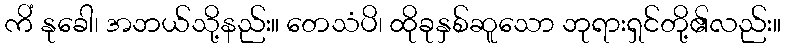
ကိံ နုခေါ၊ အဘယ်သို့နည်း။ တေသံပိ၊ ထိုခုနှစ်ဆူသော ဘုရားရှင်တို့၏လည်း။